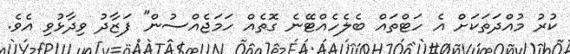
ކުރު މުއްދަތަކަށް އެ ހަޓްތައް ބެލެހެއްޓޭނެ ގޮތެއް ހަމަޖެއްސުން'' ފަޒާދު ވިދާޅުވި އެވެ.